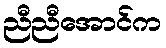
ညီညီအောင်က